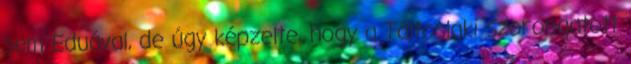
sem Eduával, de úgy képzelte, hogy a Táltoslaki szorongatott